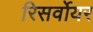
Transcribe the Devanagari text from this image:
रिसर्वोयर